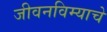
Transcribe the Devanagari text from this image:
जीवनविम्याचे